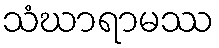
သံဃာရာမဿ